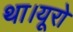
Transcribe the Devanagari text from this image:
था।यूरो